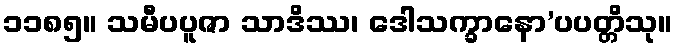
၁၁၈၅။ သမီပပူဇာ သာဒိဿ၊ ဒေါသက္ခာနော’ပပတ္တိသု။